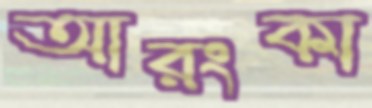
আরংকা